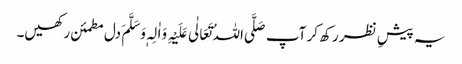
یہ پیشِ نظر رکھ کر آپ صَلَّی اللہُ تَعَالٰی عَلَیْہِ وَاٰلِہٖ وَسَلَّمَ دل مطمئن رکھیں۔